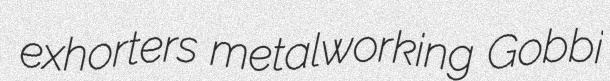
exhorters metalworking Gobbi